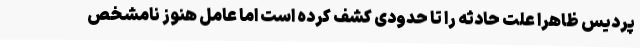
پردیس ظاهراً علت حادثه را تا حدودی کشف کرده است اما عامل هنوز نامشخص